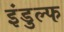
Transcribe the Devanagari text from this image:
इंडुल्फ